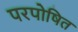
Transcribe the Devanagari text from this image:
परपोषित